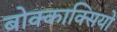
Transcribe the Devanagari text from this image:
बोक्काक्सियो